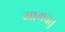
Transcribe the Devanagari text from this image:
मामवतु